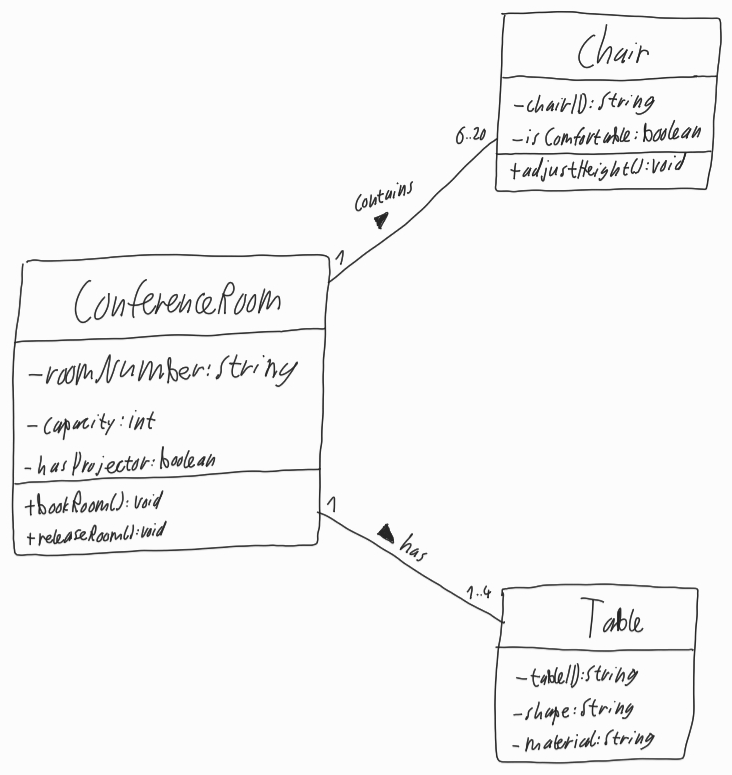
Diagram type: class_diagram
```plantuml
@startuml

left to right direction

class ConferenceRoom {
  - roomNumber: String
  - capacity: int
  - hasProjector: boolean
  + bookRoom(): void
  + releaseRoom(): void
}

class Chair {
  - chairID: String
  - isComfortable: boolean
  + adjustHeight(): void
}

class Table {
  - tableID: String
  - shape: String
  - material: String
}

ConferenceRoom "1" -- "6..20" Chair : contains >

ConferenceRoom "1" -- "1..4" Table : has >

@enduml
```